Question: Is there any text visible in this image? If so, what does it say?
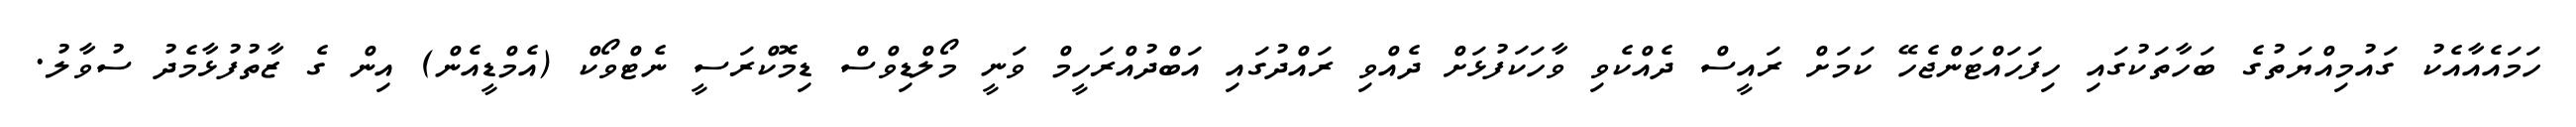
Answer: ހަމައެއާއެކު ގައުމިއްޔަތުގެ ބަހާތަކުގައި ހިފަހައްޓަންޖެހޭ ކަމަށް ރައީސް ދެއްކެވި ވާހަކަފުޅަށް ދެއްވި ރައްދުގައި އަބްދުއްރަހީމް ވަނީ މޯލްޑިވްސް ޑިމޮކްރަސީ ނެޓްވޯކް (އެމްޑީއެން) އިން ގެ ޒާތުފުޅާމެދު ސުވާލު.